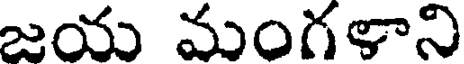
జయ మంగళాని